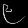
Digit: ၉